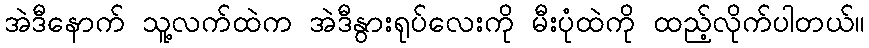
အဲဒီနောက် သူ့လက်ထဲက အဲဒီနွားရုပ်လေးကို မီးပုံထဲကို ထည့်လိုက်ပါတယ်။